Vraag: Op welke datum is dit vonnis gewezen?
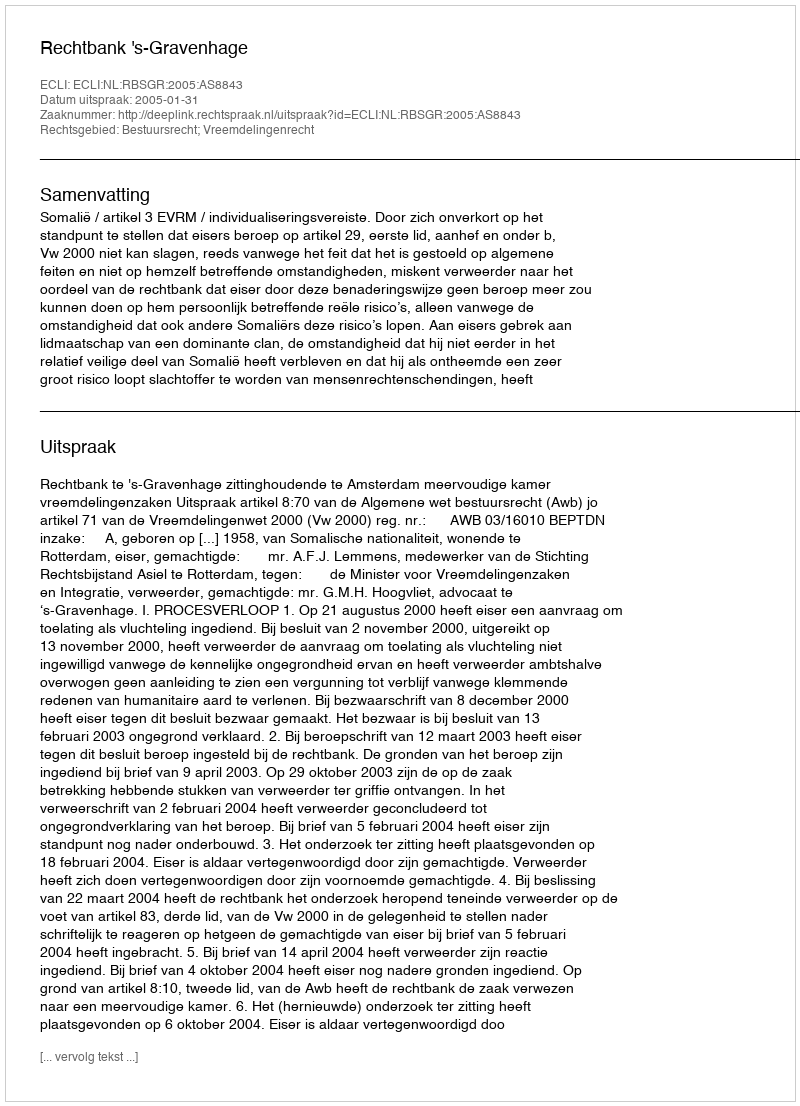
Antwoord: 2005-01-31